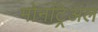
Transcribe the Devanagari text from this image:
मोनट्रिअल